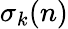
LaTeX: \sigma_{k}(n)